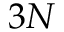
3 N